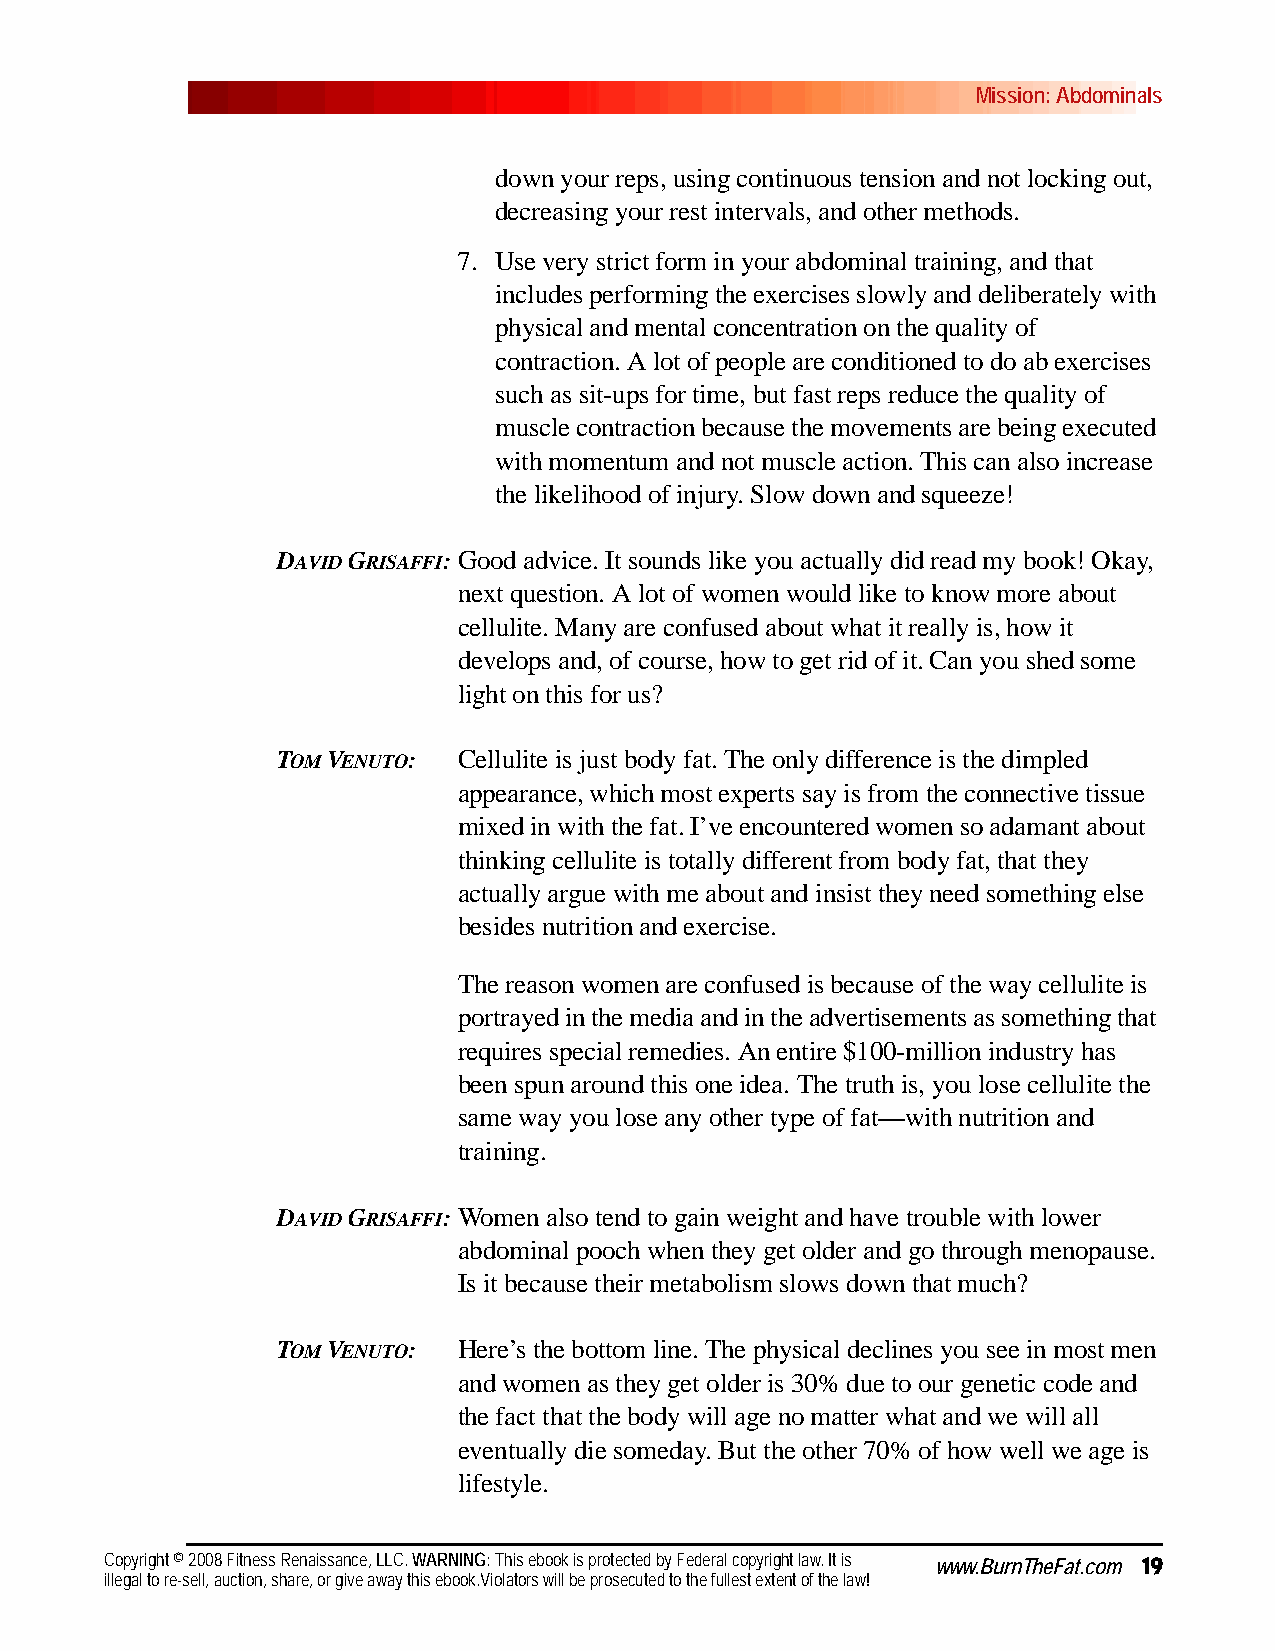
Mission: Abdominals
 down your reps, using continuous tension and not locking out,
 decreasing your rest intervals, and other methods.
 7. Use very strict form in your abdominal training, and that
 includes performing the exercises slowly and deliberately with
 physical and mental concentration on the quality of
 contraction. A lot of people are conditioned to do ab exercises
 such as sit-ups for time, but fast reps reduce the quality of
 muscle contraction because the movements are being executed
 with momentum and not muscle action. This can also increase
 the likelihood of injury. Slow down and squeeze!
 DAVID GRISAFFI:Good advice. It sounds like you actually did read my book! Okay,
 next question. A lot of women would like to know more about
 cellulite. Many are confused about what it really is, how it
 develops and, of course, how to get rid of it. Can you shed some
 light on this for us?
 TOM VENUTO: Cellulite is just body fat. The only difference is the dimpled
 appearance, which most experts say is from the connective tissue
 mixed in with the fat. I’ve encountered women so adamant about
 thinking cellulite is totally different from body fat, that they
 actually argue with me about and insist they need something else
 besides nutrition and exercise.
 The reason women are confused is because of the way cellulite is
 portrayed in the media and in the advertisements as something that
 requires special remedies. An entire $100-million industry has
 been spun around this one idea. The truth is, you lose cellulite the
 same way you lose any other type of fat—with nutrition and
 training.
 DAVID GRISAFFI:Women also tend to gain weight and have trouble with lower
 abdominal pooch when they get older and go through menopause.
 Is it because their metabolism slows down that much?
 TOM VENUTO: Here’s the bottom line. The physical declines you see in most men
 and women as they get older is 30% due to our genetic code and
 the fact that the body will age no matter what and we will all
 eventually die someday. But the other 70% of how well we age is
 lifestyle.
 Copyright © 2008 Fitness Renaissance, LLC. WARNING: This ebook is protected by Federal copyright law. It is www.BurnTheFat.com 19
 illegal to re-sell, auction, share, or give away this ebook.Violators will be prosecuted to the fullest extent of the law!